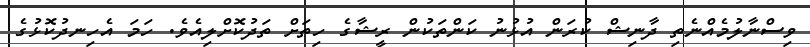
ވިސްނާލުމެއްނެތި ދާނިޝް ކުރަން އުޅުނު ކަންތަކުން ރީޝާގެ ހިތަށް ތަދުކޮށްލިއެވެ. ހަމަ އެހިނދުކޮޅުގެ